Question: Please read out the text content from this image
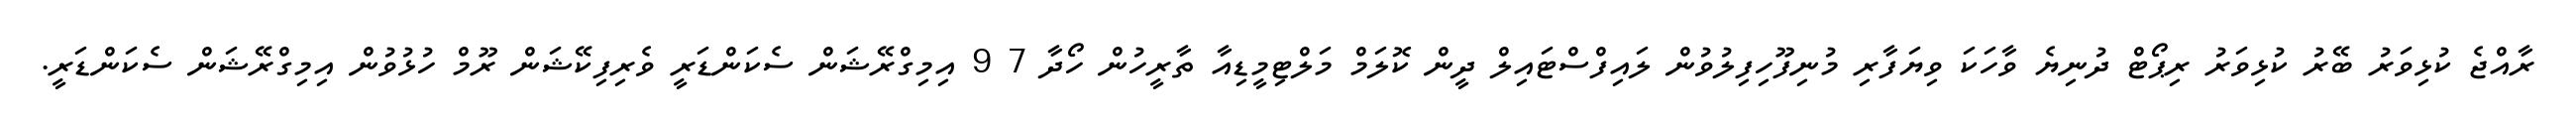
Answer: ރާއްޖެ ކުޅިވަރު ބޭރު ކުޅިވަރު ރިޕޯޓް ދުނިޔެ ވާހަކަ ވިޔަފާރި މުނިފޫހިފިލުވުން ލައިފްސްޓައިލް ދީން ކޮލަމް މަލްޓިމީޑިއާ ތާރީހުން ހޯދާ 7 9 އިމިގްރޭޝަން ސެކަންޑަރީ ވެރިފިކޭޝަން ރޫމް ހުޅުވުން އިމިގްރޭޝަން ސެކަންޑަރީ.